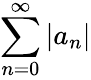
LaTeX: \sum_{n=0}^{\infty}\left|a_{n}\right|